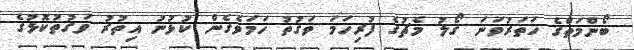
ބޯންމަތްގެ ހަތަރުވަނަ ގޯލު މެޗުގެ ފުރިހަމަ ވަގުތު ހަމަވެގެން ކުޅުނު އިތުރު ވަގުތުކޮޅުގެ